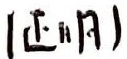
$(\mathbb{Z}_n,+)$